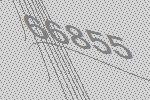
66855